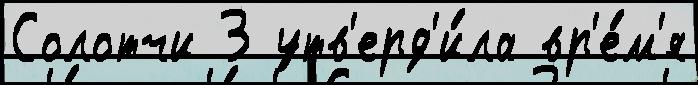
Солотчи 3 утв'ерд'и́ла вр'е́м'я